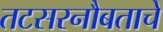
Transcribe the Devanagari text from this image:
तटसरनौबताचे